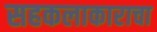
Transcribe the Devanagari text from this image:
सहकलाकाराचा